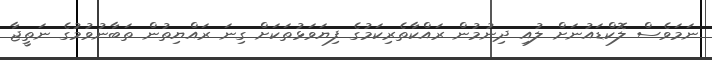
ނަމަވެސް ލޮކްޑައުނަށް ލުއި ދިނުމުން ރައްކާތެރިކަމުގެ ފިޔަވަޅުތަކަށް ގިނަ ރައްޔިތުން ތަބާނުވުމުގެ ނަތީޖާ